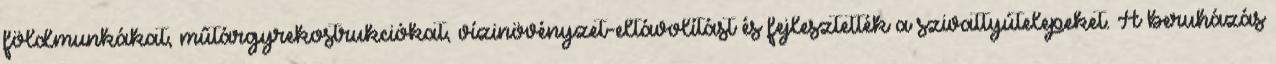
földmunkákat, mûtárgyrekostrukciókat, vízinövényzet-eltávolítást és fejlesztették a szivattyútelepeket. A beruházás